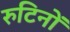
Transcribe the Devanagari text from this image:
रुटिनों